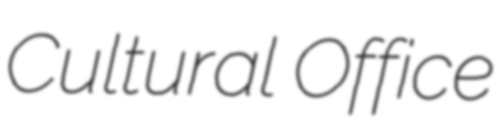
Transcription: Cultural Office